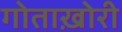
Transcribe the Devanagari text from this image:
गोताख़ोरी